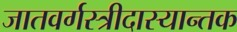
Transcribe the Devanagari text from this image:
जातवर्गस्त्रीदास्यान्तक